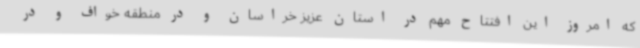
که امروز این افتتاح مهم در استان عزیز خراسان و در منطقه خواف و در